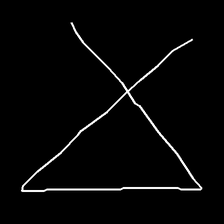
Glyph: collection